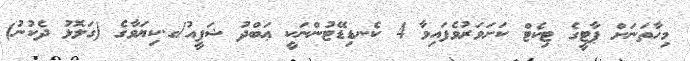
މިހާތަނަށް ޕާޓީގެ ޓިކެޓް ކަށަވަރުވެފައިވާ 4 ކެނޑިޑޭޓުންނަކީ ޢަބްދު ޝަފީއު/ގ.ކިޔަވާގެ (ގަލޮޅު ދެކުނު)